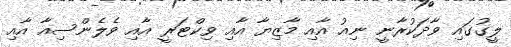
ލީގުގައި ވާދަކުރާނީ ނިއު އާއި މާޒިޔާ އާއި ވިކްޓަރީ އާއި ވެލެންސިއާ އާއި